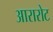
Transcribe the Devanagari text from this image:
आरारोट